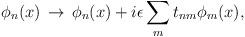
LaTeX: \begin{align*}\phi_{n}(x)\,\rightarrow\, \phi_{n}(x)+i\epsilon\sum_{m}t_{nm}\phi_{m}(x),\end{align*}